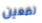
تضعين